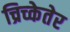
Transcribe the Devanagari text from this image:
च्रिच्केतेर